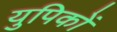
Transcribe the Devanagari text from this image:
युपिकों